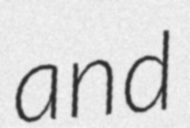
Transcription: and